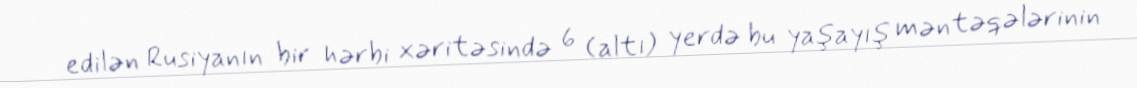
edilən Rusiyanın bir hərbi xəritəsində 6 (altı) yerdə bu yaşayış məntəqələrinin